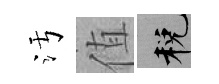
污值税